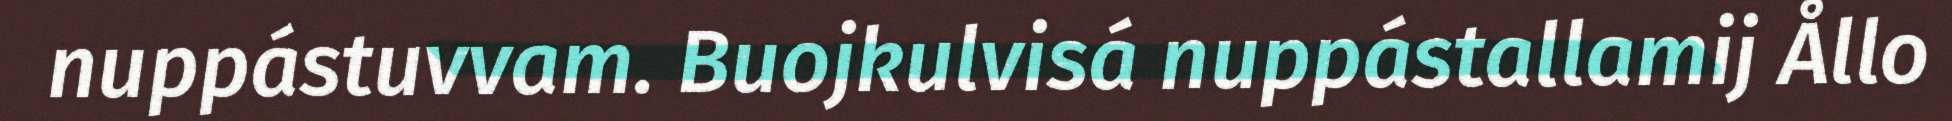
nuppástuvvam. Buojkulvisá nuppástallamij Ållo